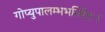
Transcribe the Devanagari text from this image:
गोप्युपालम्भभर्त्सितः।